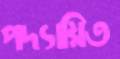
পদ্যায়িত